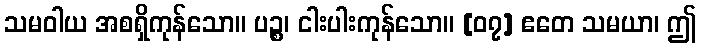
သမဝါယ အစရှိကုန်သော။ ပဉ္စ၊ ငါးပါးကုန်သော။ [၀၇] ဧတေ သမယာ၊ ဤ